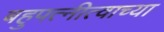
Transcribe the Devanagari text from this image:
बहुपत्नीत्वाच्या